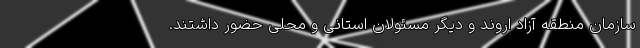
سازمان منطقه آزاد اروند و دیگر مسئولان استانی و محلی حضور داشتند.